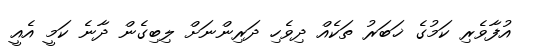
އުފާވެރި ކަމުގެ ޚަބަރު ތަކެއް ދިވެހި ދަރިންނަށް ލިބިގެން ދާނެ ކަމީ އެއީ